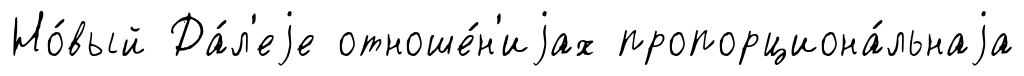
Но́вый Да́л'еjе отноше́н'иjах пропорциона́льнаjа